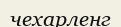
чехарленг